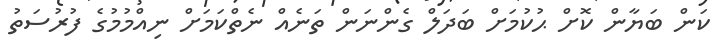
ކަން ބަޔާން ކޮށް ޙުކުމަށް ބަދަލް ގެންނަން ތަނެއް ނެތްކަމަށް ނިއްމުމުގެ ފުރުސަތު